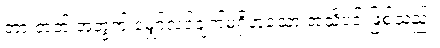
တားတတ် အတွက် မျှော်လင့်ချက်မရှိဟူသော အသိပင် ဖြစ်သည်။